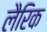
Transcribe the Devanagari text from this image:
लैरिक